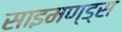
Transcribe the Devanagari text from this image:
साइमण्ड्स